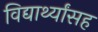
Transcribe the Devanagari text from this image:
विद्यार्थ्यांसह